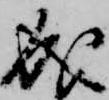
成